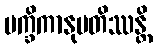
မက္ခိကာနုပတိဿန္တိ